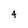
Character: 4